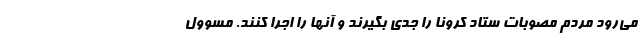
می‌رود مردم مصوبات ستاد کرونا را جدی بگیرند و آنها را اجرا کنند. مسوول